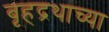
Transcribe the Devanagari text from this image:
बृहद्रथाच्या